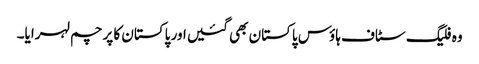
وہ فلیگ سٹاف ہاؤس پاکستان بھی گئیں اور پاکستان کا پرچم لہرایا۔